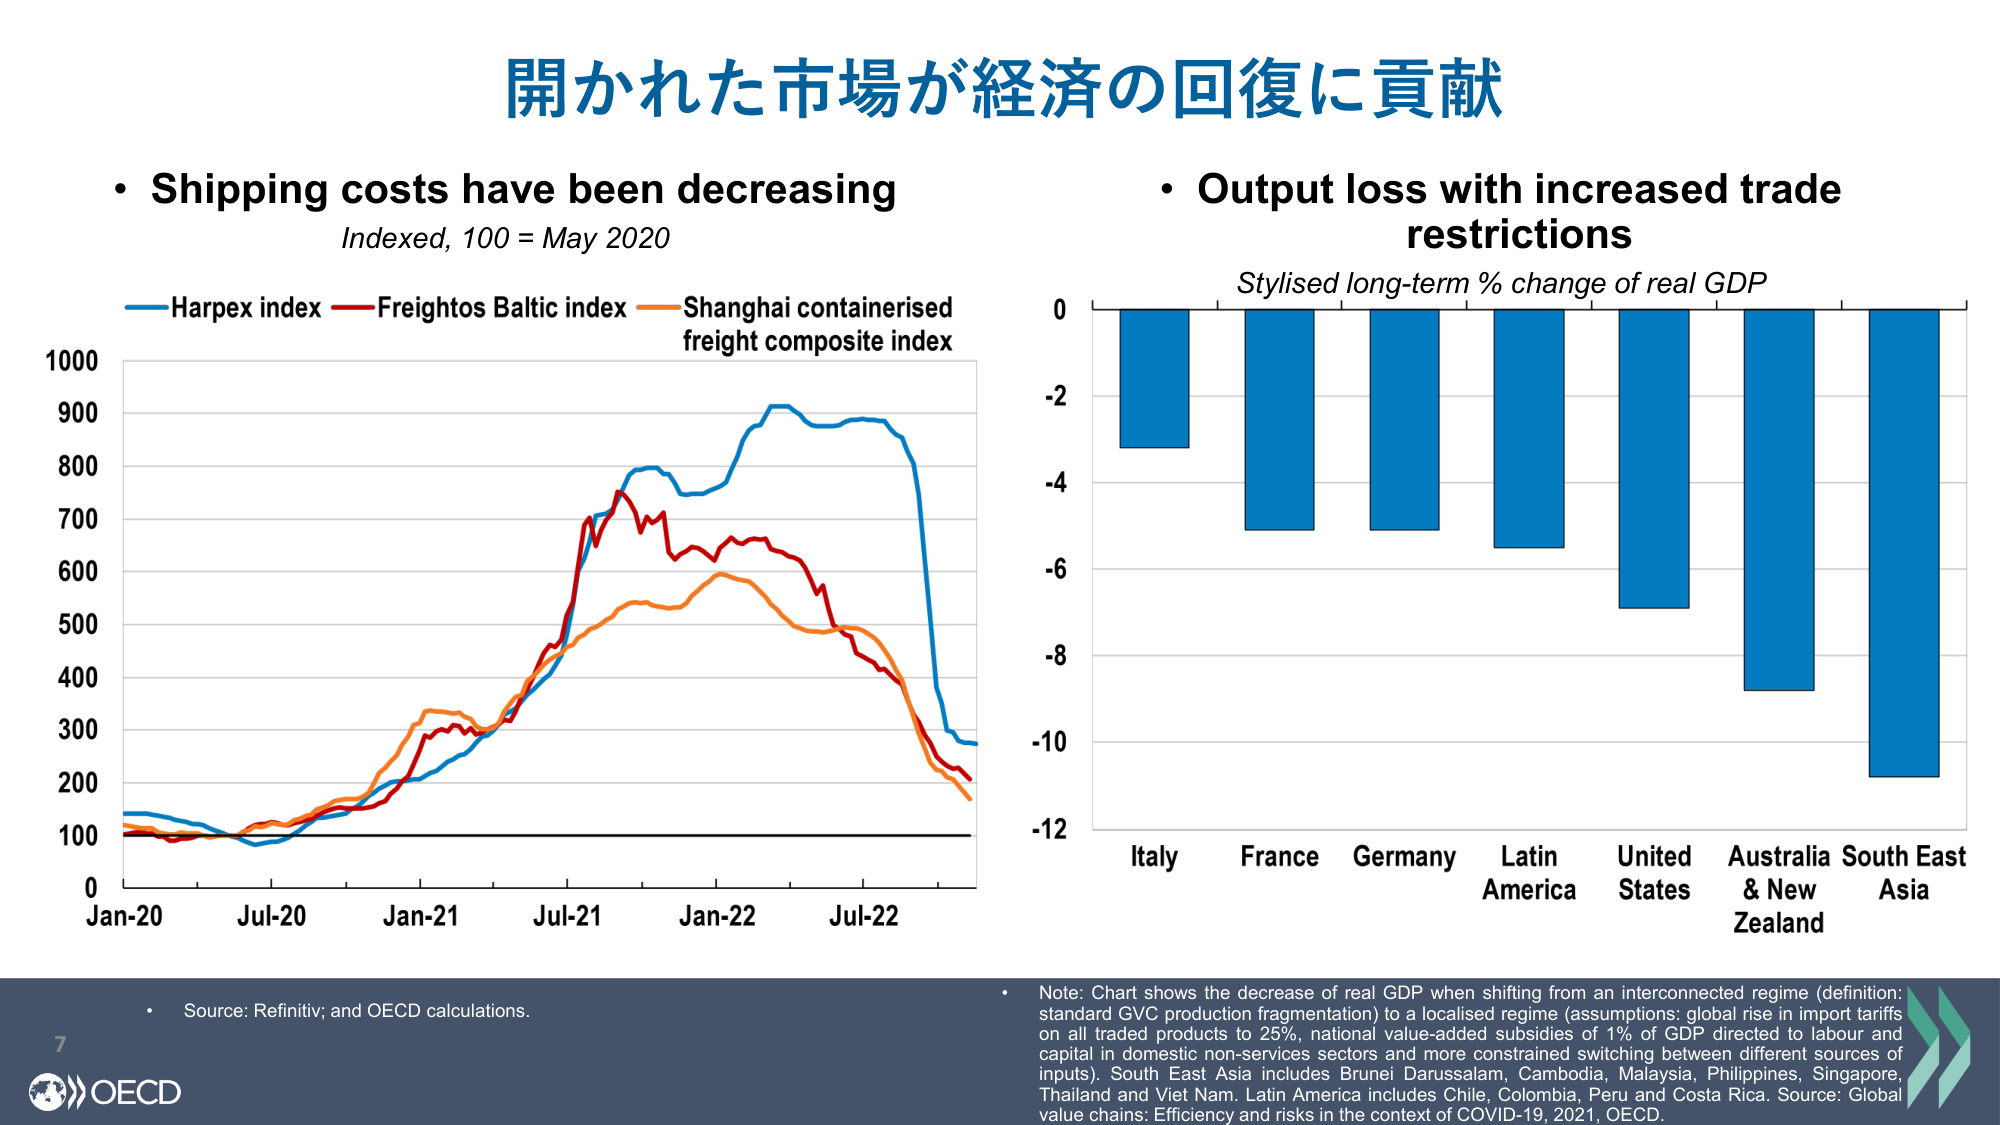
開かれた市場が経済の回復に貢献

• Shipping costs have been decreasing
Indexed, 100 = May 2020
Harpex index
Freightos Baltic index
Shanghai containerised freight composite index

• Output loss with increased trade restrictions
Stylised long-term % change of real GDP

0
-2
-4
-6
-8
-10
-12

Italy
France
Germany
Latin America
United States
Australia & New Zealand
South East Asia

• Source: Refinitiv; and OECD calculations.

• Note: Chart shows the decrease of real GDP when shifting from an interconnected regime (definition: standard GVC production fragmentation) to a localised regime (assumptions: global rise in import tariffs on all traded products to 25%, national value-added subsidies of 1% of GDP directed to labour and capital in domestic non-services sectors and more constrained switching between different sources of inputs). South East Asia includes Brunei Darussalam, Cambodia, Malaysia, Philippines, Singapore, Thailand and Viet Nam. Latin America includes Chile, Colombia, Peru and Costa Rica. Source: Global value chains: Efficiency and risks in the context of COVID-19, 2021, OECD.

7
OECD